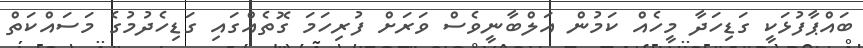
ބައްޕާފުޅަކީ ގަޑިހަދާ މީހެއް ކަމުން އަލްބާނީވެސް ވަރަށް ފުރިހަމަ ގޮތެއްގައި ގަޑިހެދުމުގެ މަސައްކަތް